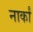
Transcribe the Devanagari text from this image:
नार्कां